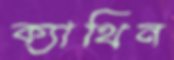
ক্যাথিন